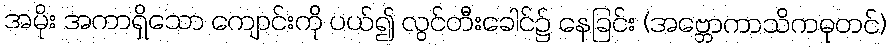
အမိုး အကာရှိသော ကျောင်းကို ပယ်၍ လွင်တီးခေါင်၌ နေခြင်း (အဗ္ဘောကာသိကဓုတင်)